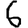
Digit: 6